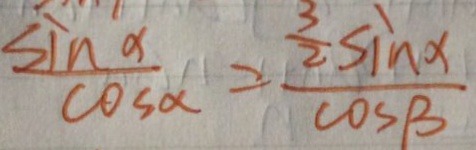
\frac { \sin \alpha } { \cos \alpha } = \frac { \frac { 3 } { 2 } \sin \alpha } { \cos \beta }